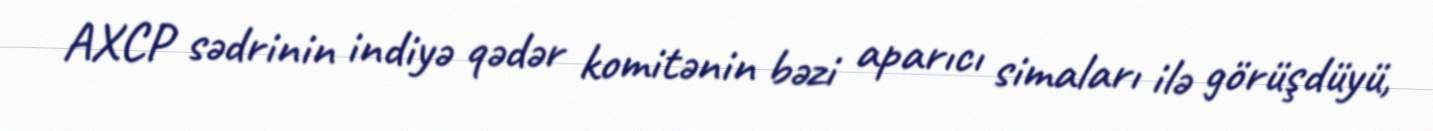
AXCP sədrinin indiyə qədər komitənin bəzi aparıcı simaları ilə görüşdüyü,